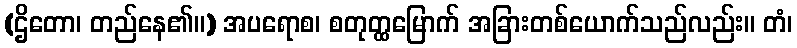
(ဌိတော၊ တည်နေ၏။) အပရောစ၊ စတုတ္ထမြောက် အခြားတစ်ယောက်သည်လည်း။ တံ၊